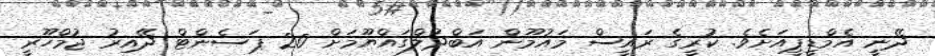
ދޭނީ އެމްޑީޕީއަށެވެ. ކުރީގެ ރައީސް މައުމޫން އަބްދުލްގައްޔޫމަށް 20 ޕަސެންޓް ދޭއިރު ޖުމްހޫރީ